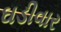
ઘડીવાર